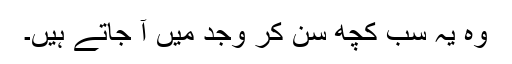
وہ یہ سب کچھ سن کر وجد میں آ جاتے ہیں۔